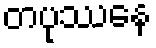
တပုဿေန